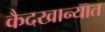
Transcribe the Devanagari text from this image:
कैदखान्यात